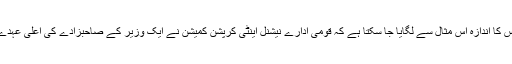
سعودی نظام انصاف اس امتحان میں کامیاب ہے یا نہیں اس کا اندازہ اس مثال سے لگایا جا سکتا ہے کہ قومی ادارے نیشنل اینٹی کرپشن کمیشن نے ایک وزیر کے صاحبزادے کی اعلیٰ عہدے پر خلاف ضابطہ تعیناتی پر کاروائی شروع کر دی ہے۔